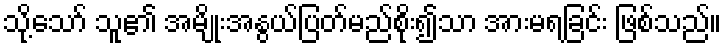
သို့သော် သူ၏ အမျိုးအနွယ်ပြတ်မည်စိုး၍သာ အားမရခြင်း ဖြစ်သည်။